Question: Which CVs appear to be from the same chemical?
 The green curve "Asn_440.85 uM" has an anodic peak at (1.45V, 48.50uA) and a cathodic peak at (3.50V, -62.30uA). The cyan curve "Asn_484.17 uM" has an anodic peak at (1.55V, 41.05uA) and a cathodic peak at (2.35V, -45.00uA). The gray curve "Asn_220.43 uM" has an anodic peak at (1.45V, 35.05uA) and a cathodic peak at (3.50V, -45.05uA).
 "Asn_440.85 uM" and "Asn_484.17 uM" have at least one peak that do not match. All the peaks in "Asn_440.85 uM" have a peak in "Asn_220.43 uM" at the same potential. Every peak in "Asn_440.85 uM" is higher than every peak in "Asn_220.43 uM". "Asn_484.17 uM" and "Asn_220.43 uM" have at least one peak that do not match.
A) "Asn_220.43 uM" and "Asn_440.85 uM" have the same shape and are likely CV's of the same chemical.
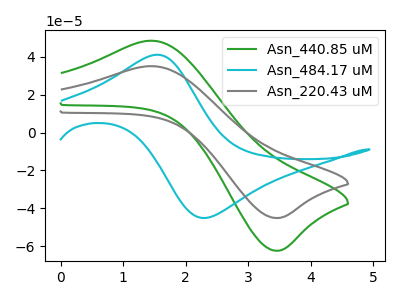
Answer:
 <answer>A) "Asn_220.43 uM" and "Asn_440.85 uM" have the same shape and are likely CV's of the same chemical.</answer>
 <eval>A</eval>